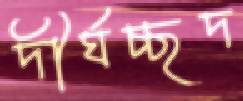
দীর্ঘচ্ছদ